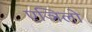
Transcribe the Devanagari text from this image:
एञिलो